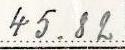
45.82